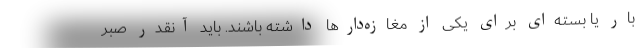
بار یا بسته‌ای برای یکی از مغازه‌دارها داشته باشند. باید آنقدر صبر